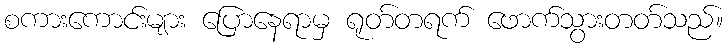
စကားကောင်းများ ပြောနေရာမှ ရုတ်တရက် ဖောက်သွားတတ်သည်။